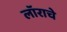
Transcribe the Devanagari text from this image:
लॉराचे